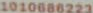
1010686223